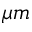
\mu m